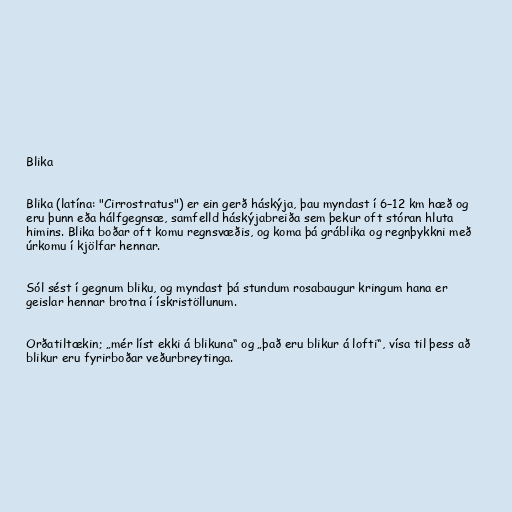
Blika

Blika (latína: "Cirrostratus") er ein gerð háskýja, þau myndast í 6–12 km hæð og
eru þunn eða hálfgegnsæ, samfelld háskýjabreiða sem þekur oft stóran hluta
himins. Blika boðar oft komu regnsvæðis, og koma þá gráblika og regnþykkni með
úrkomu í kjölfar hennar.

Sól sést í gegnum bliku, og myndast þá stundum rosabaugur kringum hana er
geislar hennar brotna í ískristöllunum.

Orðatiltækin; „mér líst ekki á blikuna“ og „það eru blikur á lofti“, vísa til þess að
blikur eru fyrirboðar veðurbreytinga.